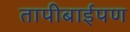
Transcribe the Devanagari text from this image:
तापीबाईपण